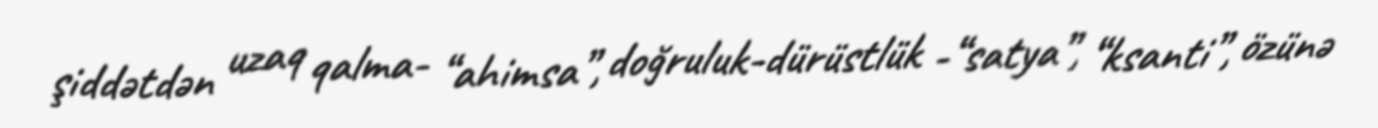
şiddətdən uzaq qalma- “ahimsa”, doğruluk-dürüstlük -“satya”, “ksanti”, özünə